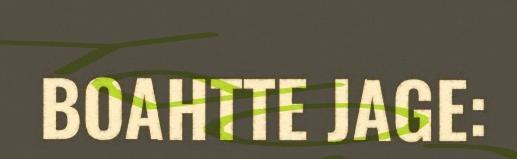
BOAHTTE JAGE: